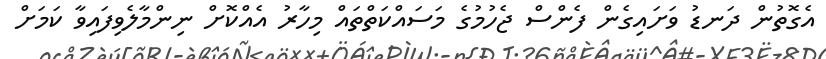
އެގޮތުން ދަނޑު ވަށައިގެން ފެންސް ޖެހުމުގެ މަސައްކަތްތައް މިހާރު އެއްކޮށް ނިންމާލެވިފައިވާ ކަމަށް